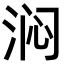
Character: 𬇰